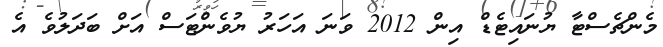
މެންޗެސްޓާ ޔުނައިޓެޑް އިން 2012 ވަނަ އަހަރު ޔުވެންޓަސް އަށް ބަދަލުވެ އެ